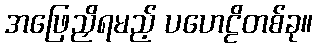
အဖြေညှိရမည့် ပဟေဠိတစ်ခု။